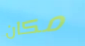
مكان